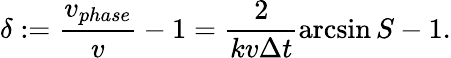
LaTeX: \delta:=\frac{v_{phase}}{v}-1=\frac{2}{kv\Delta t}\arcsin S-1.